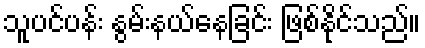
သူပင်ပန်း နွမ်းနယ်နေခြင်း ဖြစ်နိုင်သည်။